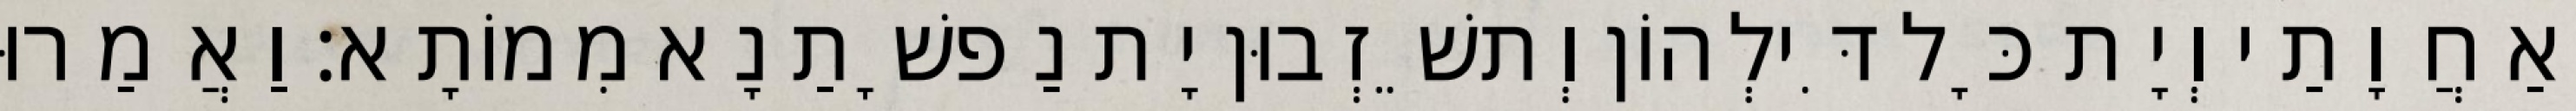
אַחֲוָתַי וְיָת כָּל דִּילְהוֹן וְתשֵׁזְבוּן יָת נַפשָׁתַנָא מִמוֹתָא׃ וַאֲמַרוּ